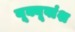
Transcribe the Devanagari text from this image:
यूक्यूवांश